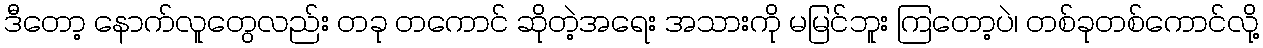
ဒီတော့ နောက်လူတွေလည်း တခု တကောင် ဆိုတဲ့အရေး အသားကို မမြင်ဘူး ကြတော့ပဲ၊ တစ်ခုတစ်ကောင်လို့